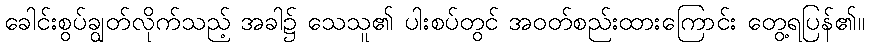
ခေါင်းစွပ်ချွတ်လိုက်သည့် အခါ၌ သေသူ၏ ပါးစပ်တွင် အဝတ်စည်းထားကြောင်း တွေ့ရပြန်၏။